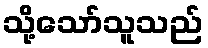
သို့သော်သူသည်